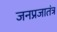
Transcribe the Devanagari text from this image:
जनप्रजातंत्र